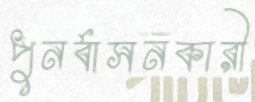
পুনর্বাসনকারী